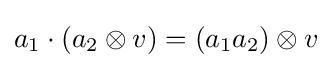
a_{1}\cdot (a_{2}\otimes v)=(a_{1}a_{2})\otimes v